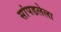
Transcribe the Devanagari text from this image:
सांपडलेला